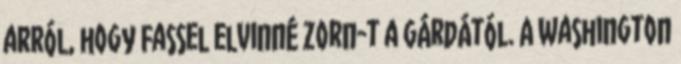
arról, hogy Fassel elvinné Zorn-t a gárdától. A Washington